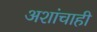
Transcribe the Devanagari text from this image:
अशांचाही